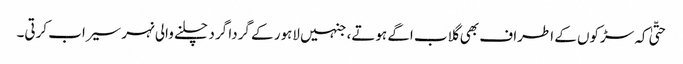
حتّیٰ کہ سڑکوں کے اطراف بھی گلاب اگے ہوتے، جنہیں لاہور کے گردا گرد چلنے والی نہر سیراب کرتی۔